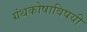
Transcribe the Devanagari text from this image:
ग्रंथकोषाविषयी